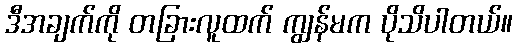
ဒီအချက်ကို တခြားလူထက် ကျွန်မက ပိုသိပါတယ်။